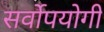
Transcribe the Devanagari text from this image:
सर्वोपयोगी